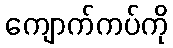
ကျောက်ကပ်ကို